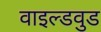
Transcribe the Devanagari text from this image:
वाइल्डवुड